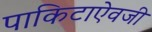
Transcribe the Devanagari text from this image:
पाकिटाऐवजी